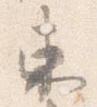
東